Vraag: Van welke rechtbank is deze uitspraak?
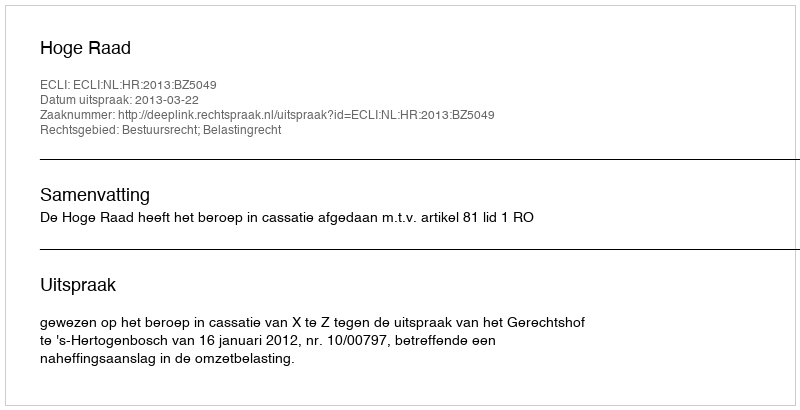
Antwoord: Hoge Raad